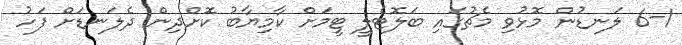
6-1 ލަނޑުން މޮޅުވި މެޗުގައި ބަލޮޓެލީ ޓީމަށް ކާމިޔާބު ކޮށްދިން ދެލަނޑަށް ފަހު